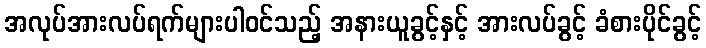
အလုပ်အားလပ်ရက်များပါဝင်သည့် အနားယူခွင့်နှင့် အားလပ်ခွင့် ခံစားပိုင်ခွင့်